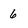
Character: 6